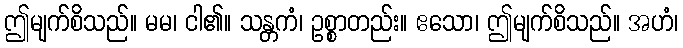
ဤမျက်စိသည်။ မမ၊ ငါ၏။ သန္တကံ၊ ဥစ္စာတည်း။ ဧသော၊ ဤမျက်စိသည်။ အဟံ၊